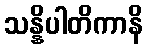
သန္နိပါတိကာနိ